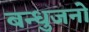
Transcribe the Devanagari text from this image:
बन्धुजनो